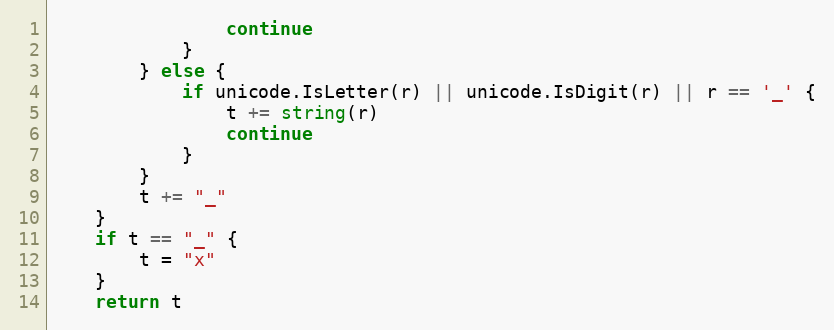
Language: Go
				continue
			}
		} else {
			if unicode.IsLetter(r) || unicode.IsDigit(r) || r == '_' {
				t += string(r)
				continue
			}
		}
		t += "_"
	}
	if t == "_" {
		t = "x"
	}
	return t